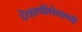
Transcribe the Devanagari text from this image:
देवाणीघेवाणी